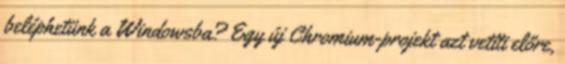
beléphetünk a Windowsba? Egy új Chromium-projekt azt vetíti előre,